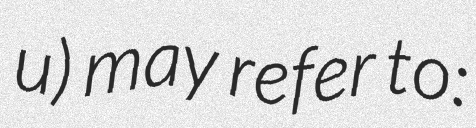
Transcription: u) may refer to: